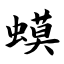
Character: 蟆